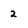
Character: 2